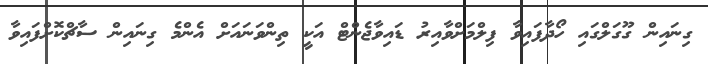
ގިނައިން ގޫގަލްގައި ހޯދާފައިވާ ފިލްމަށްވާއިރު ޑައިވާޖެންޓް އަކީ ތިންވަނައަށް އެންމެ ގިނައިން ސާޗްކޮށްފައިވާ